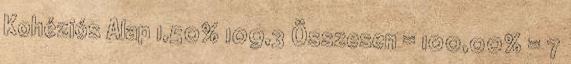
Kohéziós Alap 1,50% 109,3 Összesen = 100,00% = 7